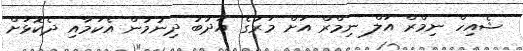
ޝެއިހް ނިމްރް އަލް ނިމްރް އަށް މަރުގެ އަދުބު ދިނުމުން އެކަމާއި ދެކޮޅަށް